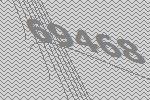
69468